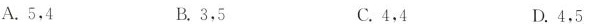
A. 5，4 B. 3，5 C. 4，4 D. 4，5